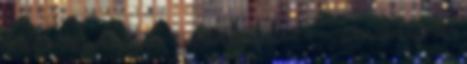
valamilyen módon kiegyenlítse a hatalom birtoklásából, a nagypártiságból származó